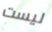
ليست